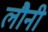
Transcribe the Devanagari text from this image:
लौनी